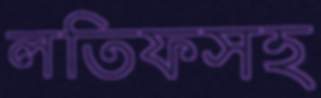
লতিফসহ